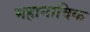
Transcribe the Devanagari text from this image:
महानाविक